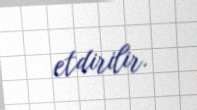
etdirilir.